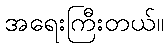
အရေးကြီးတယ်။